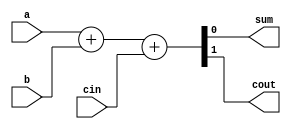
module full_adder_4bit(a,b,cin,sum,cout);

input a,b,cin;
output sum,cout;

assign {cout,sum}=a+b+cin;

endmodule